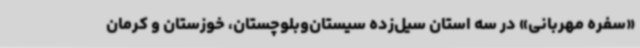
«سفره مهربانی» در سه استان سیل‌زده سیستان‌وبلوچستان، خوزستان و کرمان